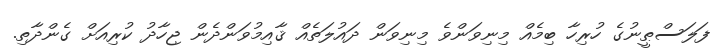
ފަލަސްޠީނުގެ ހުރިހާ ބިމެއް މިނިވަންވެ މިނިވަން ދައުލަތެއް ޤާއިމުވަންދެން ޖިހާދު ކުރިއަށް ގެންދާތި.